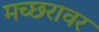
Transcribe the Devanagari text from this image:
मच्छरावर